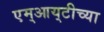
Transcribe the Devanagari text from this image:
एम्‌आय्‌टीच्या